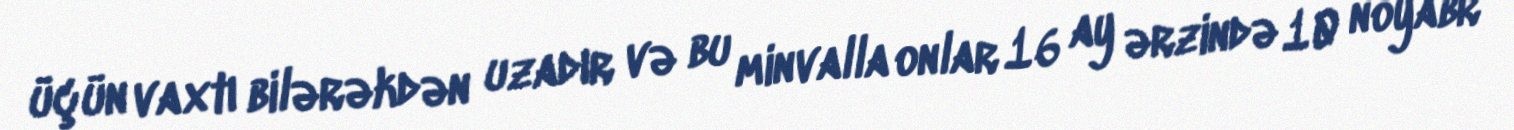
üçün vaxtı bilərəkdən uzadır və bu minvalla onlar 16 ay ərzində 10 noyabr